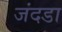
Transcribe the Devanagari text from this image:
जंदडा